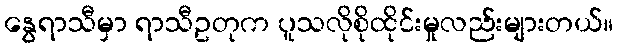
နွေရာသီမှာ ရာသီဥတုက ပူသလိုစိုထိုင်းမှုလည်းများတယ်။